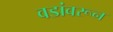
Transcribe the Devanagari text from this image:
वडांवरून